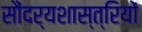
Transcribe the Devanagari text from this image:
सौंदर्यशास्त्रियों